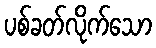
ပစ်ခတ်လိုက်သော